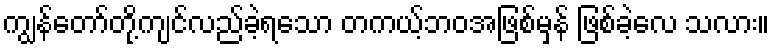
ကျွန်တော်တို့ကျင်လည်ခဲ့ရသော တကယ့်ဘဝအဖြစ်မှန် ဖြစ်ခဲ့လေ သလား။